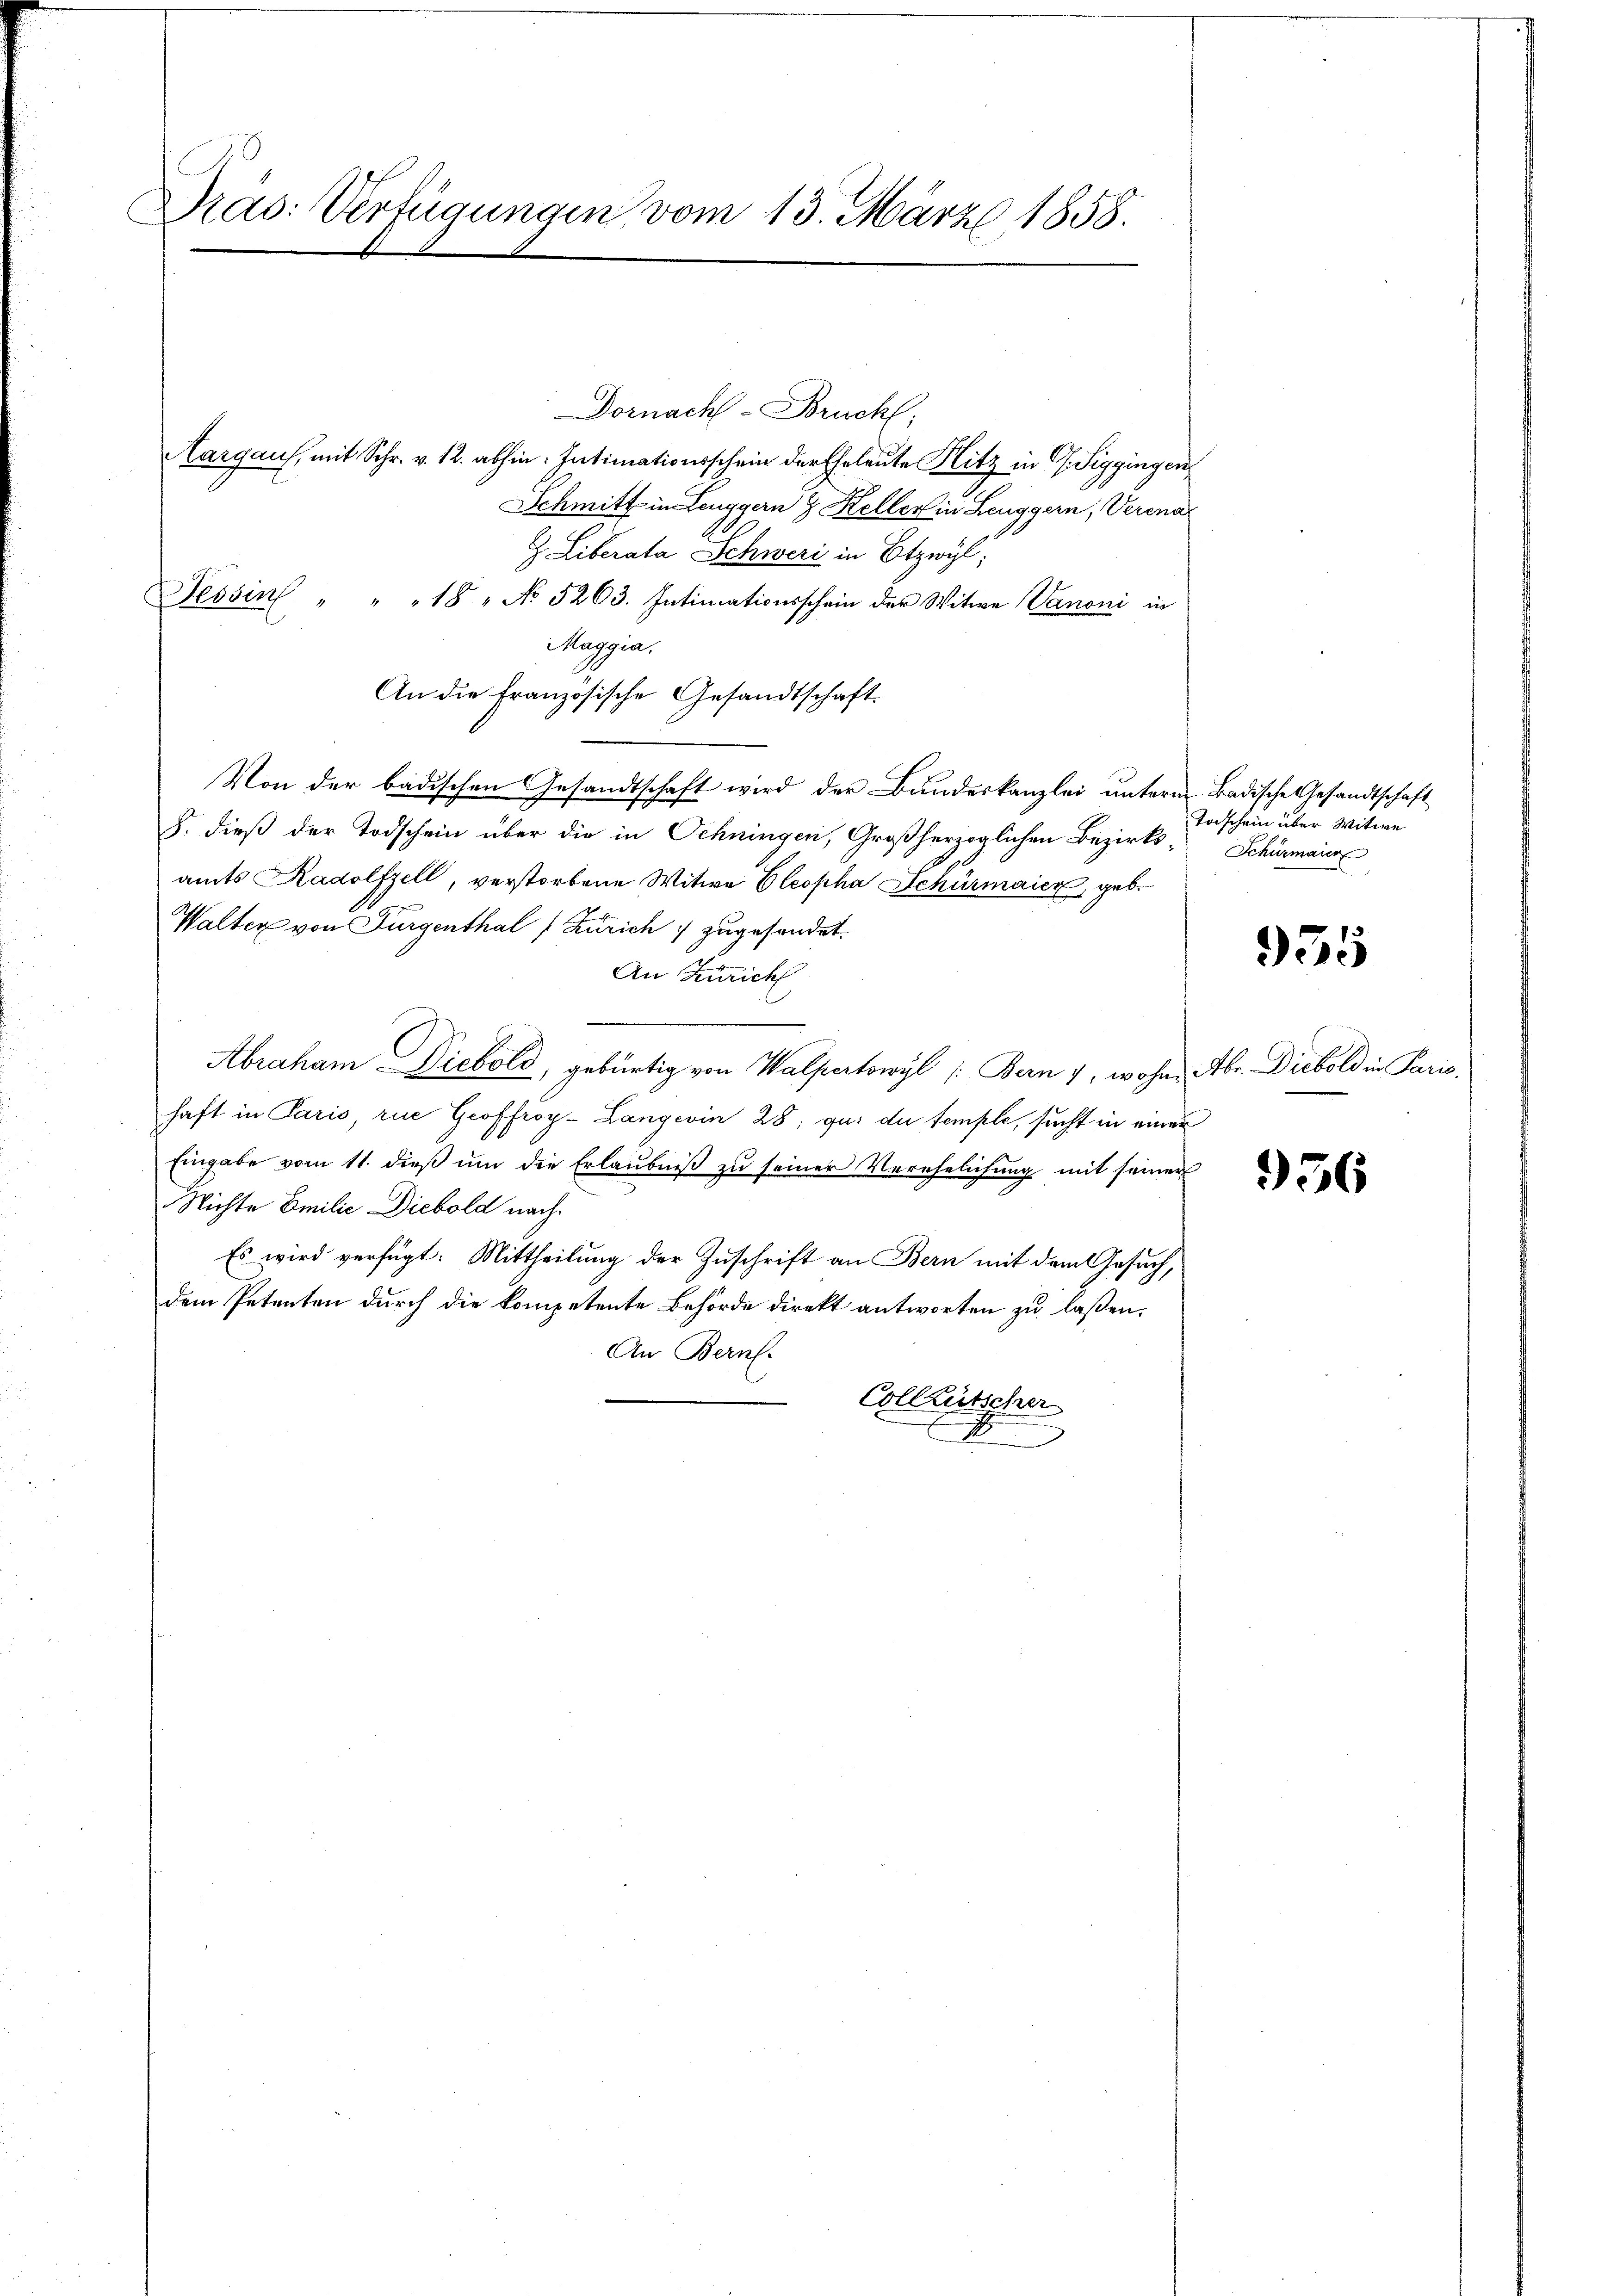
Dras: Verfügungen vom 13. März 1858.

Dornach - Brucht,
Aargaus, mit Schr. v. 12. abhin. Intimationsschein der Eheleute Hitz in G. Siggingen
Schmitt in Leuggern & Keller in Leuggern, Verena
Z. Liberata Schweri in Etzwyl,
Tessin " " " 18 " No 5263. Intimationsschein der Witwe Vanoni in
Maggia.
An die französische Gesandtschaft.
Von der badischen Gesandtschaft wird der Bundeskanzlei unterm Badische Gesandtschaft
J. dieß der Todschein über die in Schningen, Großherzoglichen Bezirks- Schirmaire
amts Radolfzell, verstorbene Witwe Cleopha Schürmaier, geb.
Walter von Furgenthal Zürich zugesendet.
An Zürich
Abraham Diebold, gebürtig von Walpertowyl (Bern 1, wohne Abr. Diebold in Paris.
haft in Paris, rue Groffroy-Langewin 28; qui du temple, sucht in einer
Eingabe vom 11. dieβ ŭm die Erlaŭbniβ zŭ seiner Verehelichung mit seiner
Nichte Emilie Diebold nach
Es wird verfügt: Mittheilung der Zuschrift an Bern mit dem Gesuch,
dem Petenten durch die kompetente Behörde direkt antworten zu laßen.
An Bern.
Collentscher

Toischein über Witwe

955

956